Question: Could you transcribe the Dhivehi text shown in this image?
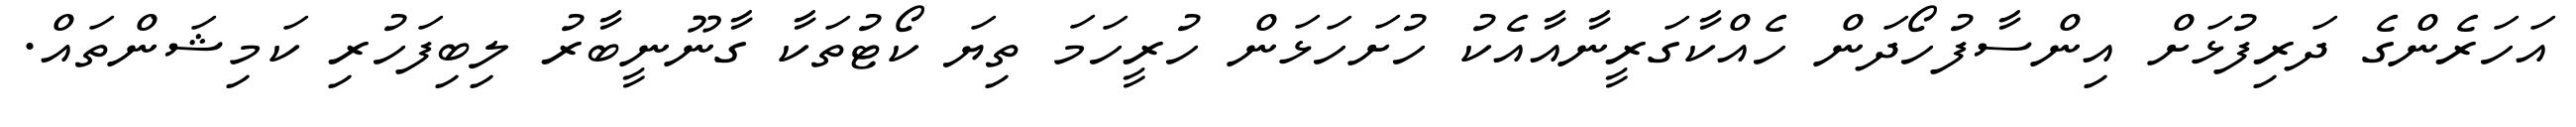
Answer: އަހަރެންގެ ދަރިފުޅަށް އިންސާފުހޯދަން ހެއްކާގަރީނާއާއެކު ހުށަހަޅަން ހުރީހަމަ ތިޔަ ކޯޓުތަކާ ގާނޫނީބާރު ލިބިފަހުރި ކަމިޝަންތައް.